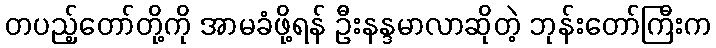
တပည့်တော်တို့ကို အာမခံဖို့ရန် ဦးနန္ဒမာလာဆိုတဲ့ ဘုန်းတော်ကြီးက